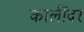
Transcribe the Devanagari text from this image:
कालींदर